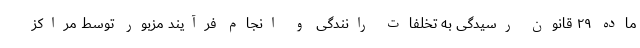
ماده ۲۹ قانون رسیدگی به تخلفات رانندگی و انجام فرآیند مزبور توسط مراکز